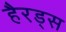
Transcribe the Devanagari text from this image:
हैरड्स